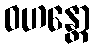
ဝဟန္တော